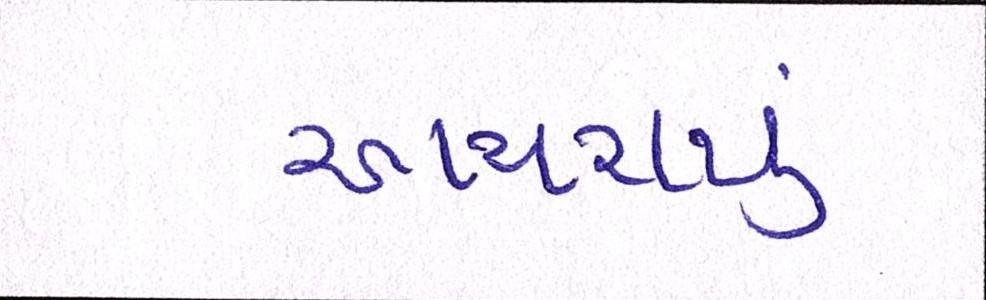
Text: આચરાયું